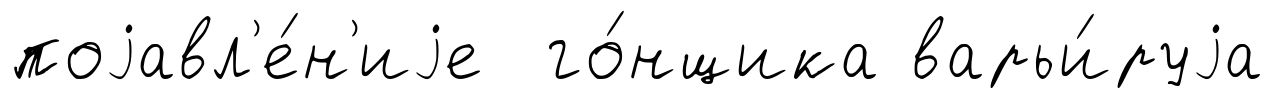
поjавл'е́н'иjе го́нщика варьи́руjа